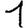
Digit: 1